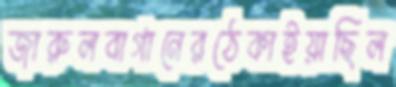
জারুলবাগানেরঠেকাইয়াছিল